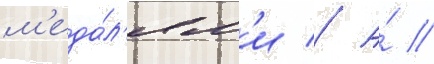
м'еда́л'ям'и // А́ //